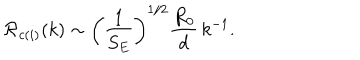
{ \cal R } _ { c ( i ) } ( k ) \sim \left( { \frac { 1 } { S _ { E } } } \right) ^ { 1 / 2 } { \frac { R _ { 0 } } { d } } \, k ^ { - 1 } .